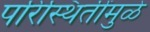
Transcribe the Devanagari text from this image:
परिस्थितींमुळे